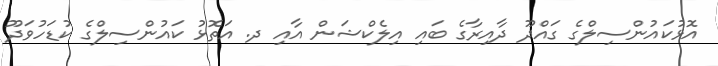
އޮޅުކައުންސިލްގެ ގައްދޫ ދާއިރާގެ ބައި އިލެކްޝަން އާއި ދ. އަތޮޅު ކައުންސިލްގެ ކުޑަހުވަދޫ